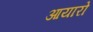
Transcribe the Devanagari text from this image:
आयारो